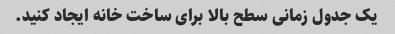
یک جدول زمانی سطح بالا برای ساخت خانه ایجاد کنید.